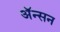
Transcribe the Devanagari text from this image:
अॅन्सन